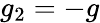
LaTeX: g_{2}=-g